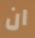
ان